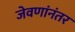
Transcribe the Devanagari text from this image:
जेवणांनंतर